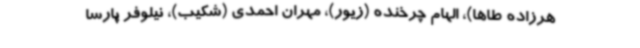
هرزاده طاها)، الهام چرخنده (زیور)، مهران احمدی (شکیب)، نیلوفر پارسا